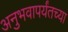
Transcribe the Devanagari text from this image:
अनुभवापर्यंतच्या